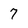
Character: 7